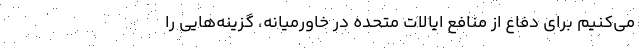
می‌کنیم برای دفاع از منافع ایالات متحده در خاورمیانه، گزینه‌هایی را